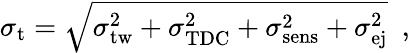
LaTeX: \sigma_{\mathrm{t}}=\sqrt{\sigma_{\mathrm{tw}}^{2}+\sigma_{\mathrm{TDC}}^{2}+\sigma_{\mathrm{sens}}^{2}+\sigma_{\mathrm{ej}}^{2}}~~,